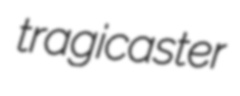
tragicaster